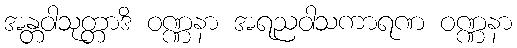
အန္တဝါသုတ္တာဒိ ဝဏ္ဏနာ အရညဝါသကာရဏ ဝဏ္ဏနာ